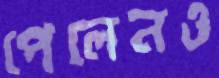
পেলেনও